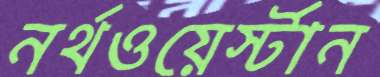
নর্থওয়ের্স্টান